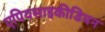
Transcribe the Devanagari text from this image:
एपियसाइकीडियन